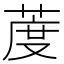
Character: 𦳔